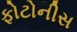
ફોટોનીસ